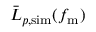
\bar { L } _ { p , \mathrm { s i m } } ( f _ { \mathrm { m } } )